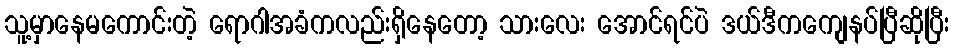
သူ့မှာနေမကောင်းတဲ့ ရောဂါအခံကလည်းရှိနေတော့ သားလေး အောင်ရင်ပဲ ဒယ်ဒီကကျေနပ်ပြီဆိုပြီး